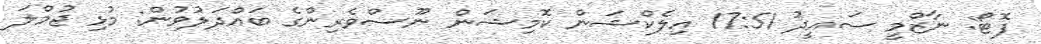
ފޮޓޯ: ނާޒްމީ ސައީދު 17:51 އިލެކްޝަން ކޮމިޝަން ނޫސްވެރިންގެ ބައްދަލުވުން: މުޅި ޖުމްލަ